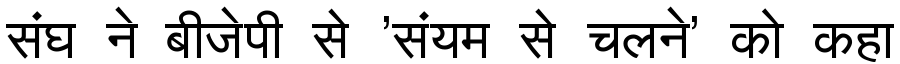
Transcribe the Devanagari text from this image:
संघ ने बीजेपी से 'संयम से चलने' को कहा